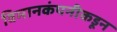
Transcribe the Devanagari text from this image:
विमानकंपनीकडून